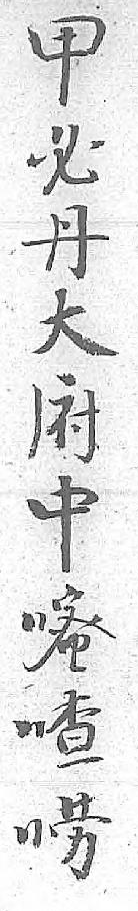
甲必丹大府中嘧喳唠